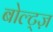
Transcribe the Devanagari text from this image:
बोल्ट्ज़